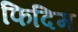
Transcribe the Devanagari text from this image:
फिदिम